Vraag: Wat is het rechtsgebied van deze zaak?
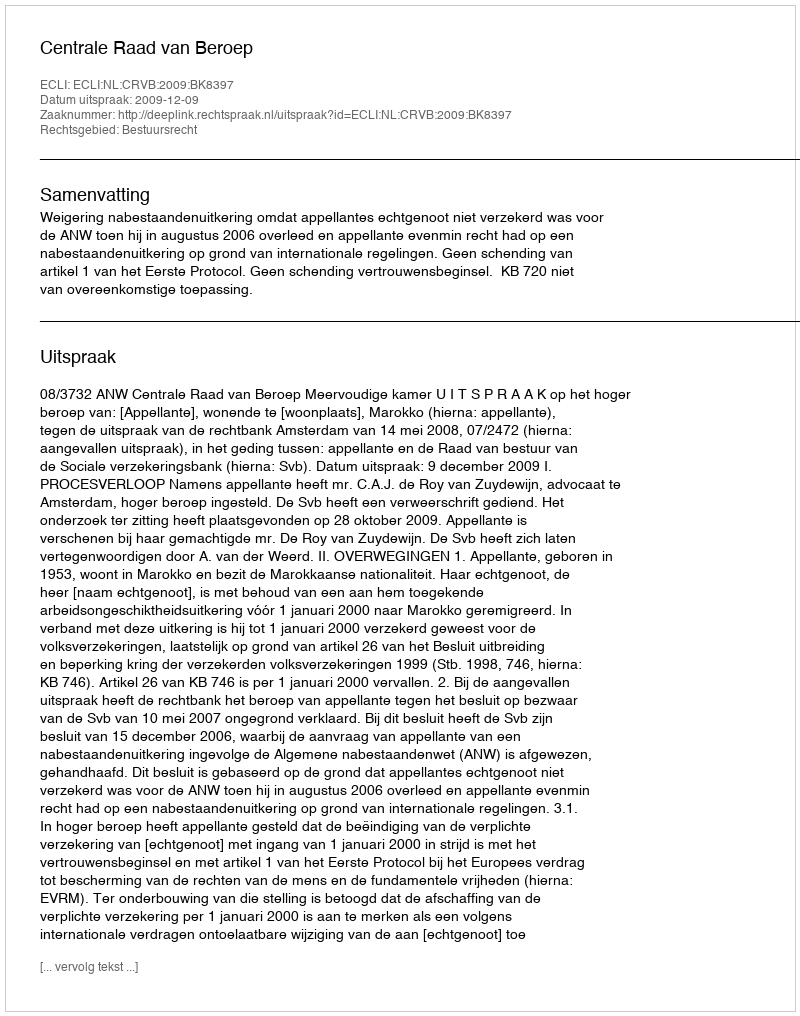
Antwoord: Bestuursrecht